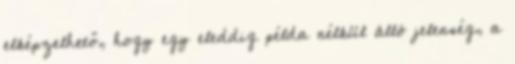
elképzelhető, hogy egy eleddig példa nélkül álló jelenség, a